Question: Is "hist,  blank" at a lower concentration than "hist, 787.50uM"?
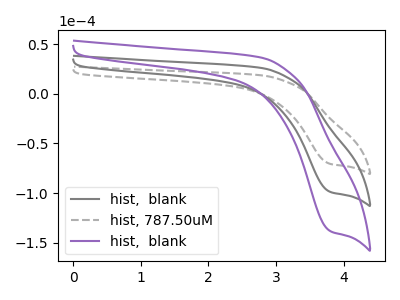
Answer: <think>The gray curve "hist,  blank" has a cathodic peak at: (3.80V, -98.95uA). The gray dashed curve "hist, 787.50uM" has a cathodic peak at: (3.80V, -70.70uA). The purple curve "hist,  blank" has a cathodic peak at: (3.80V, -197.90uA).
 All the peaks in "hist, 787.50uM" have a peak in "hist,  blank" at the same potential. Every peak in "hist, 787.50uM" is lower than every peak in "hist,  blank".</think>
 <answer>"hist, 787.50uM" has less signal than "hist,  blank" and so likely has a lower concentration.</answer>
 <eval>less_concentration</eval>